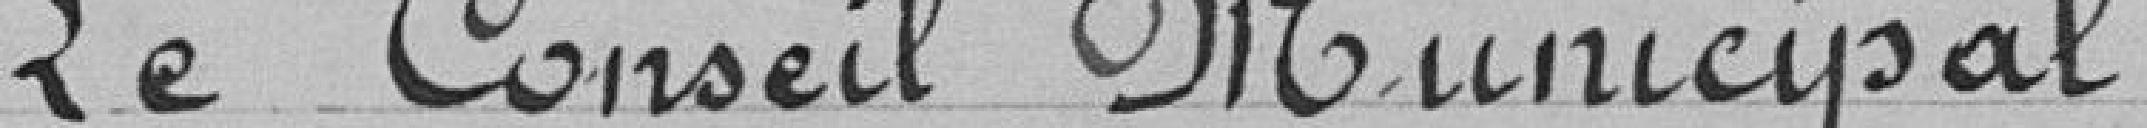
Le Conseil Municipal